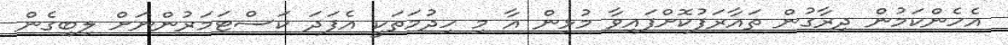
އެހެންކަމުން ދިރާގުން ތައާރަފުކޮށްފައިވާ މުޅިން އާ މި ހިދުމަތަކީ އެފަދަ ކަސްޓަމަރުންނަށް ލިބިގެން